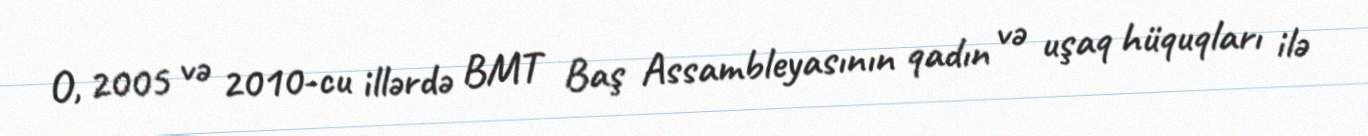
O, 2005 və 2010-cu illərdə BMT Baş Assambleyasının qadın və uşaq hüquqları ilə